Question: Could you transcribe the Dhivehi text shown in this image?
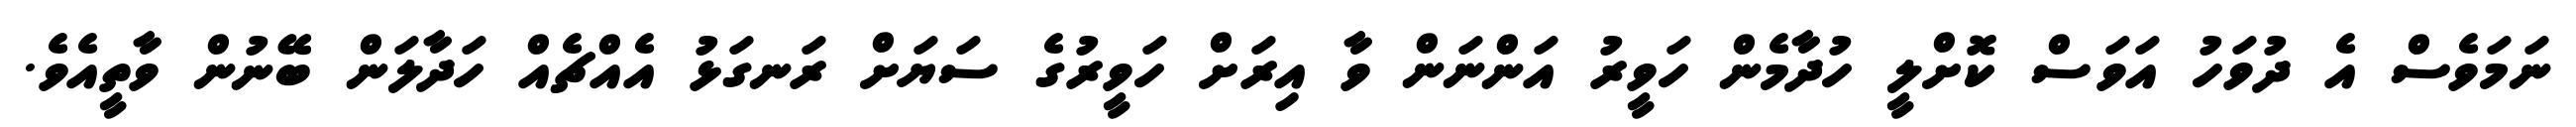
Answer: ނަމަވެސް އެ ދުވަހު އަވަސް ކޮށްލީ ހުދާމެން ހަވީރު އަންނަން ވާ އިރަށް ހަވީރުގެ ސަޔަށް ރަނގަޅު އެއްޗެއް ހަދާލަން ބޭނުން ވާތީއެވެ.